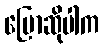
ပြောဆိုပါက